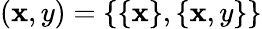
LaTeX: (\mathbf{x},y)=\{ \{ \mathbf{x}\} ,\{ \mathbf{x},y\} \}